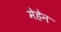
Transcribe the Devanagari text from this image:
मेहेन